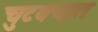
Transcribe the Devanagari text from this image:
चुटक्यात